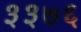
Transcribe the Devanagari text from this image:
३३७६